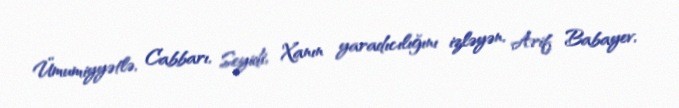
Ümumiyyətlə, Cabbarı, Seyidi, Xanın yaradıcılığını izləyən, Arif Babayev,